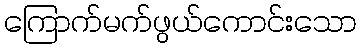
ကြောက်မက်ဖွယ်ကောင်းသော